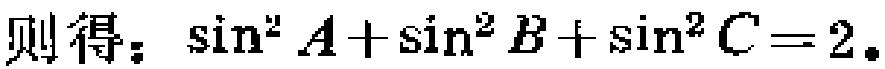
则得：\(\sin^{2} A+\sin^{2} B+\sin^{2} C = 2.\)